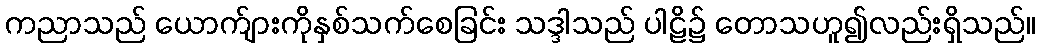
ကညာသည် ယောက်ျားကိုနှစ်သက်စေခြင်း သဒ္ဒါသည် ပါဠိ၌ တောသဟူ၍လည်းရှိသည်။